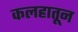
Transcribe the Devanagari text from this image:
कलहातून